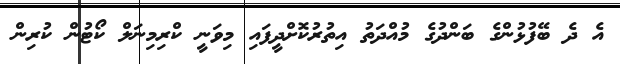
އެ ދެ ބޭފުޅުންގެ ބަންދުގެ މުއްދަތު އިތުރުކޮށްދީފައި މިވަނީ ކްރިމިނަލް ކޯޓުން ކުރިން